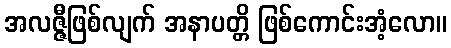
အလဇ္ဇီဖြစ်လျက် အနာပတ္တိ ဖြစ်ကောင်းအံ့လော။